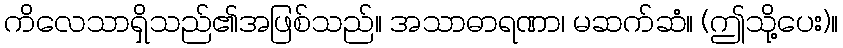
ကိလေသာရှိသည်၏အဖြစ်သည်။ အသာဓာရဏာ၊ မဆက်ဆံ။ (ဤသို့ပေး)။